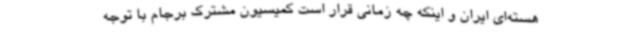
هسته‌ای ایران و اینکه چه زمانی قرار است کمیسیون مشترک برجام با توجه